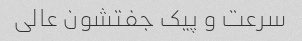
سرعت و پیک جفتشون عالی